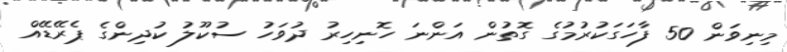
މިނިވަން 50 ފާހަގަކުރުމުގެ ގޮތުން އަންނަ ހޮނިހިރު ދުވަހު ސުކޫލު ކުދިންގެ ޕެރޭޑޭއް